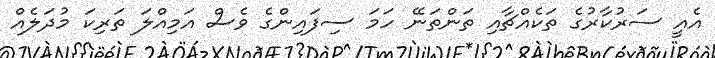
އެއީ ސަރުކާރުގެ ތަކެއްޗާއި ތަންތަނޭ ހަމަ ސިފައިންގެ ވެސް އަމިއްލަ ތަރިކަ މުދަލެއް